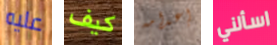
عليه كيف إعدامه اسألني